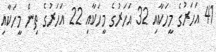
41 އަހަރުގެ މީހަކާއި 32 އަހަރުގެ މީހަކާއި 22 އަހަރުގެ ތިން މީހަކާއި